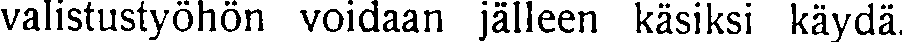
valistustyöhön voidaan jälleen käsiksi käydä.